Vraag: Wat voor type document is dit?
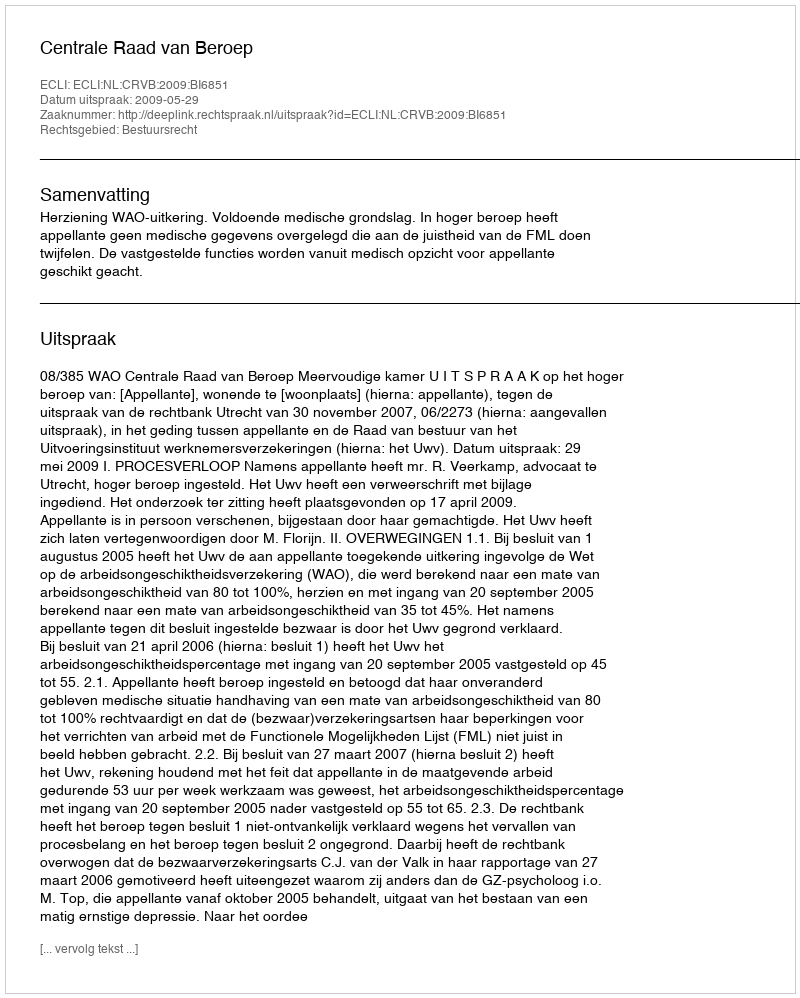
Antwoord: Uitspraak